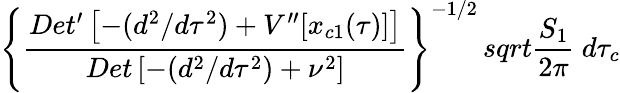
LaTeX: \left\{ {\frac{Det^{\prime}\left[-(d^{2}/d\tau^{2})+V^{\prime\prime}[x_{c1}(\tau)]\right]}{Det\left[-(d^{2}/d\tau^{2})+\nu^{2}\right]}}\right\} ^{-1/2}\, sqrt{{\frac{S_{1}}{2\pi}}}\ d\tau_{c}